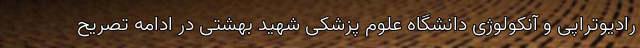
رادیوتراپی و آنکولوژی دانشگاه علوم پزشکی شهید بهشتی در ادامه تصریح